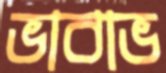
ভাবাভ